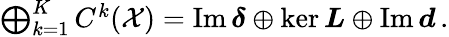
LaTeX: \begin{array}{r}{\bigoplus_{k=1}^{K}C^{k}(\mathcal X)=\mathrm{Im}\, \boldsymbol{\delta}\oplus\mathrm{ker}\, \boldsymbol{L}\oplus\mathrm{Im}\, \boldsymbol{d}\, .}\end{array}